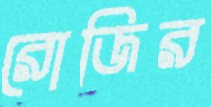
রোজির